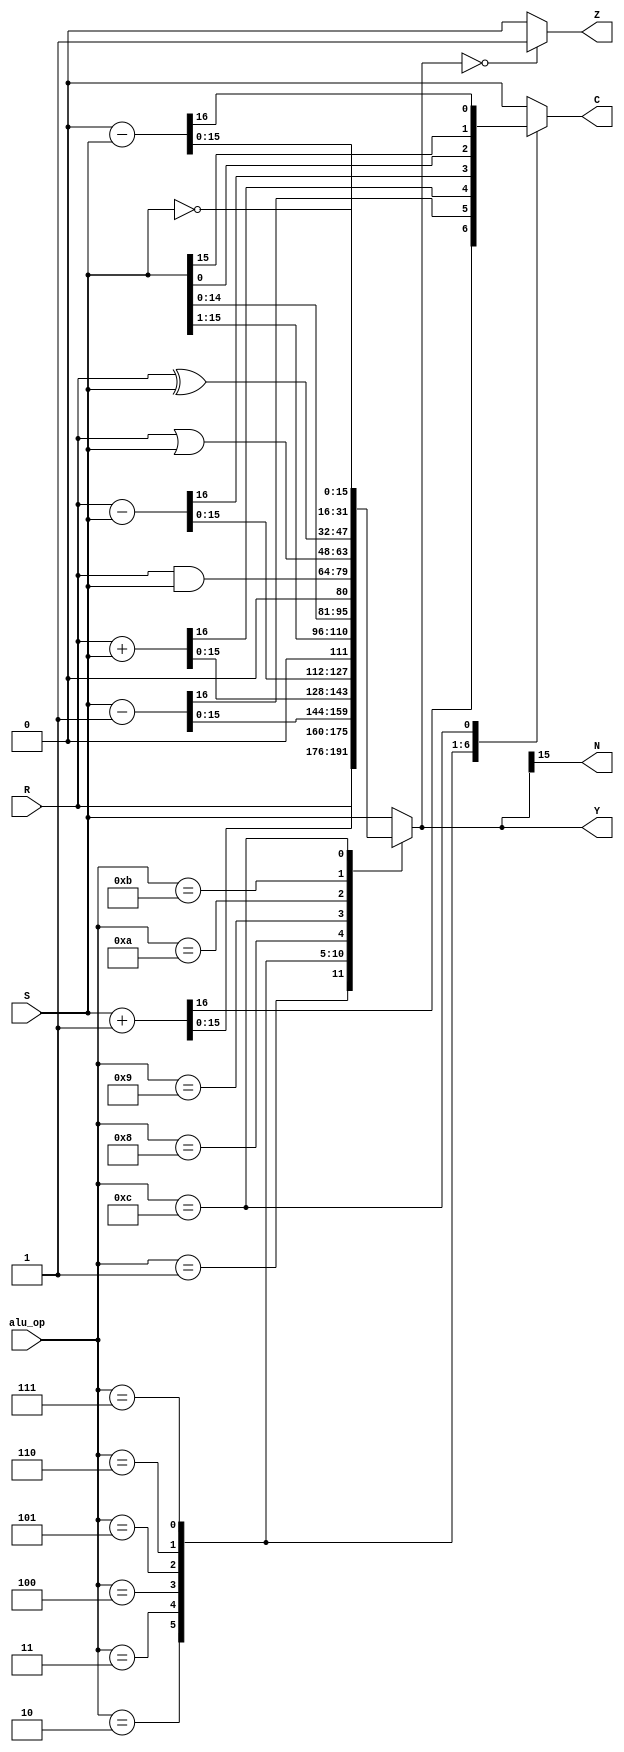
module alu16(
    input       [15:0]  R,
    input       [15:0]  S,
    input       [3:0]   alu_op,
    output reg  [15:0]  Y,
    output reg          N,
    output reg          Z,
    output reg          C
    );
    
    always @ (R or S or alu_op)
    begin
        case (alu_op)
            4'b0000:    {C, Y} = {1'b0, S}      ;   // pass S
            4'b0001:    {C, Y} = {1'b0, R}      ;   // pass R
            4'b0010:    {C, Y} = S + 1          ;   // increment S
            4'b0011:    {C, Y} = S - 1          ;   // decrement S
            4'b0100:    {C, Y} = R + S          ;   // add
            4'b0101:    {C, Y} = R - S          ;   // subtract
            4'b0110:    begin                       // right shift S (logic)
                            C = S[0]            ;
                            Y = S >> 1          ;
                        end
            4'b0111:    begin                       // left shift S (logic)
                            C = S[15]           ;
                            Y = S << 1          ;
                        end
            4'b1000:    {C, Y} = {1'b0, R & S}  ;   // logic and
            4'b1001:    {C, Y} = {1'b0, R | S}  ;   // logic or
            4'b1010:    {C, Y} = {1'b0, R ^ S}  ;   // logic xor
            4'b1011:    {C, Y} = {1'b0,    ~S}  ;   // logic not S  (1's comp)
            4'b1100:    {C, Y} = 0 - S          ;   // negate S     (2's comp)
            default:    {C, Y} = {1'b0, S    }  ;   // pass S for default   
        endcase
        
        // handle last two status flags
        N = Y[15];
        if (Y == 16'b0)
            Z = 1'b1;
        else
            Z = 1'b0;
    
    end // end always 
endmodule